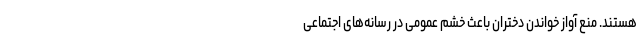
هستند. منع آواز خواندن دختران باعث خشم عمومی در رسانه‌های اجتماعی